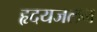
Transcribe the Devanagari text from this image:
हृदयजलन